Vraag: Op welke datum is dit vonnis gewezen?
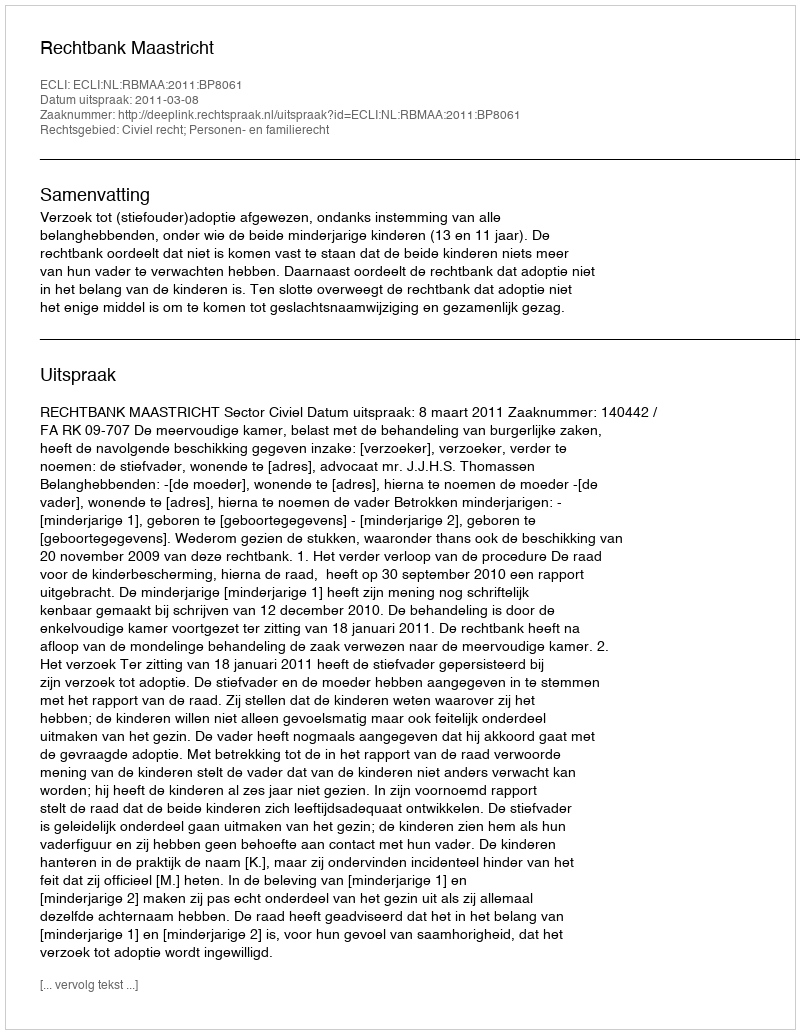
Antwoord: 2011-03-08